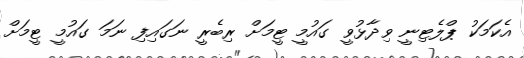
އެކަމަކު ޕްލެޓިނީ ވިދާޅުވީ ގައުމީ ޓީމަށް ރިބެރީ ނަގައިފި ނަމަ ގައުމީ ޓީމަށް